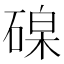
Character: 𥔟